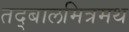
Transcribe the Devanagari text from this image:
तद्बालमित्रमथ